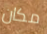
مكان